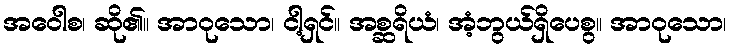
အဝေါစ၊ ဆို၏။ အာဝုသော၊ ငါ့ရှင်။ အစ္ဆရိယံ၊ အံ့ဘွယ်ရှိပေစွ။ အာဝုသော၊